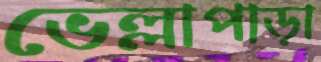
ভেল্লাপাড়া